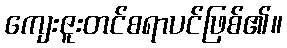
ကျေးဇူးတင်စရာပင်ဖြစ်၏။